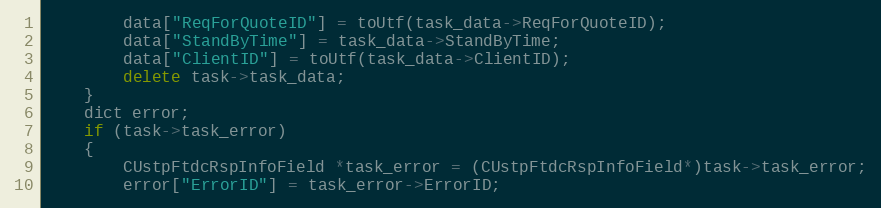
Language: C++
		data["ReqForQuoteID"] = toUtf(task_data->ReqForQuoteID);
		data["StandByTime"] = task_data->StandByTime;
		data["ClientID"] = toUtf(task_data->ClientID);
		delete task->task_data;
	}
	dict error;
	if (task->task_error)
	{
		CUstpFtdcRspInfoField *task_error = (CUstpFtdcRspInfoField*)task->task_error;
		error["ErrorID"] = task_error->ErrorID;